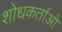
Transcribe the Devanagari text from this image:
शोधकर्ताओ